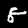
Label: 8